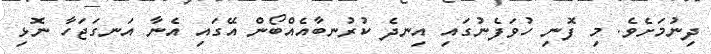
ދިނުމަށެވެ. މި ފޮނި ހުވަފެނުގައި އިނދެ ކުރުނބާއެއްބޯން އޭގައި އެނާ އަނގަޖަހާ ނޮޅި